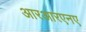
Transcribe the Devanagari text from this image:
आरआरएनए